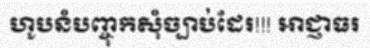
ហូបនំបញ្ចុកសុំច្បាប់ដែរ!!! អាជ្ញាធរ